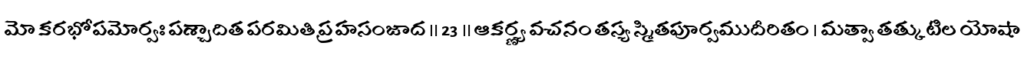
మో కరభోపమోర్వః పశ్చాదిత పరమితి ప్రహసంజాద ॥ 23 ॥ ఆకర్ణ్య వచనం తస్య స్మితపూర్వముదీరితం । మత్వా తత్కుటిల యోషా